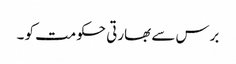
برس سے بھارتی حکومت کو ۔